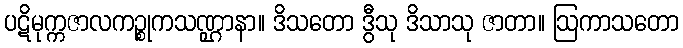
ပဋိမုက္ကဇာလကဉ္စုကသဏ္ဌာနာ။ ဒိသတော ဒွီသု ဒိသာသု ဇာတာ။ ဩကာသတော